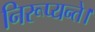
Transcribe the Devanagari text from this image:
निरूप्यन्ते।